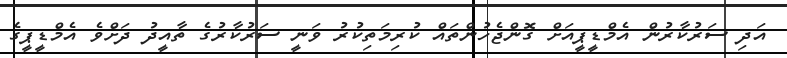
އަދި ސަރުކާރުން އެމްޑީޕީއަށް ގޮންޖެހުންތައް ކުރިމަތިކުރު ވަނީ ސަރުކާރުގެ ތާއީދު ދަށްވެ އެމްޑީޕީގެ